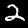
Label: 2